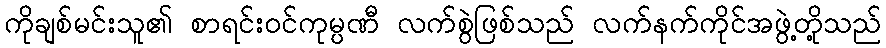
ကိုချစ်မင်းသူ၏ စာရင်းဝင်ကုမ္ပဏီ လက်စွဲဖြစ်သည် လက်နက်ကိုင်အဖွဲ့တို့သည်